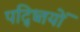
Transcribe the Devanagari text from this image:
पद्ध्तियों